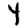
Digit: 4